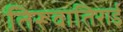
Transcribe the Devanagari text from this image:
तिरूवातिराई